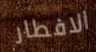
الافطار